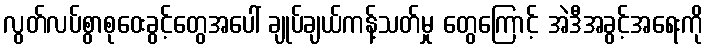
လွတ်လပ်စွာစုဝေးခွင့်တွေအပေါ် ချုပ်ချယ်ကန့်သတ်မှု တွေကြောင့် အဲဒီအခွင့်အရေးကို